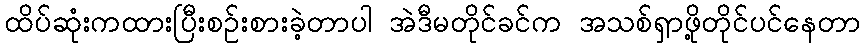
ထိပ်ဆုံးကထားပြီးစဉ်းစားခဲ့တာပါ အဲဒီမတိုင်ခင်က အသစ်ရှာဖို့တိုင်ပင်နေတာ